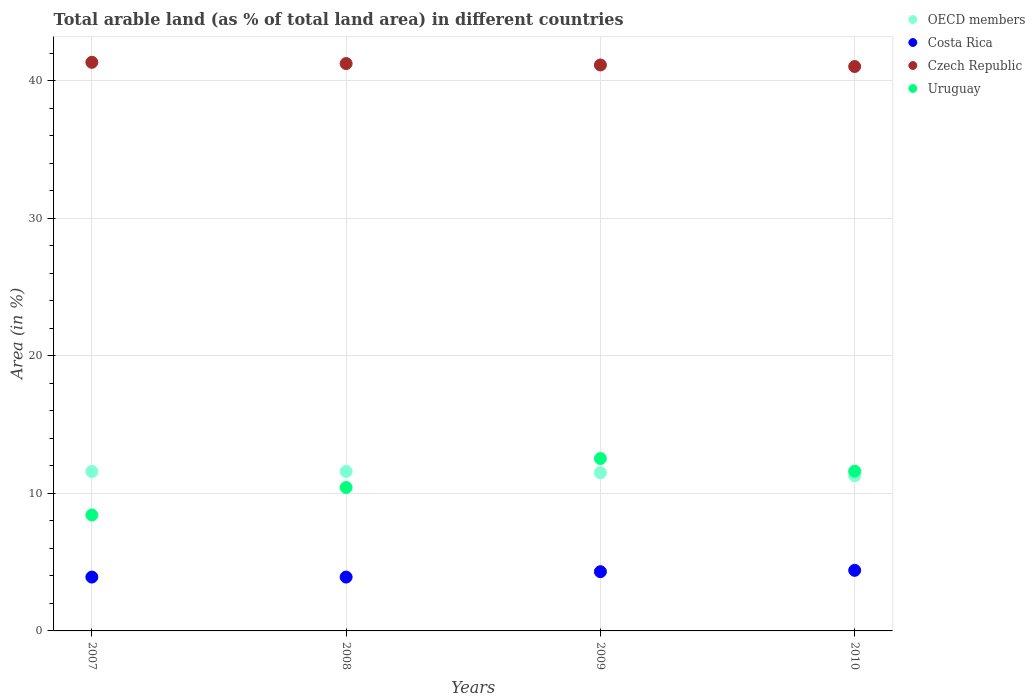
| Years | OECD members | Costa Rica | Czech Republic | Uruguay |
 | --- | --- | --- | --- | --- |
 | 2007 | 11.6 | 3.92 | 41.4 | 8.43 |
 | 2008 | 11.6 | 3.92 | 41.3 | 10.4 |
 | 2009 | 11.5 | 4.31 | 41.2 | 12.5 |
 | 2010 | 11.3 | 4.41 | 41.1 | 11.6 |